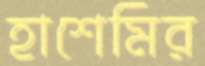
হাশেমির